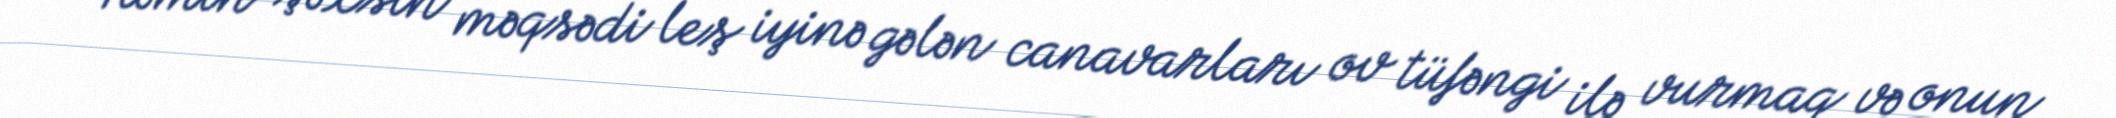
Həmin şəxsin məqsədi leş iyinə gələn canavarları ov tüfəngi ilə vurmaq və onun